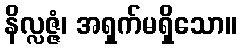
နိလ္လဇ္ဇံ၊ အရှက်မရှိသော။